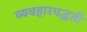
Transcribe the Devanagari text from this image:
व्यवहारपद्धती